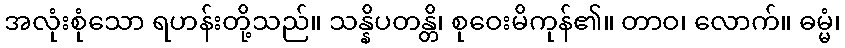
အလုံးစုံသော ရဟန်းတို့သည်။ သန္နိပတန္တိ၊ စုဝေးမိကုန်၏။ တာဝ၊ လောက်။ ဓမ္မံ၊